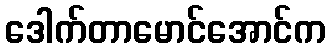
ဒေါက်တာမောင်အောင်က